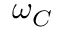
\omega _ { C }